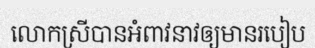
លោកស្រីបានអំពាវនាវឲ្យមានរបៀប